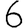
Digit: 6